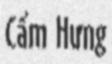
Cẩm Hưng